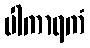
ပါကာရကံ